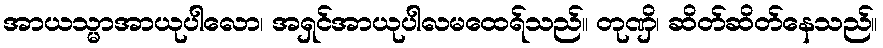
အာယသ္မာအာယုပါလော၊ အရှင်အာယုပါလမထေရ်သည်။ တုဏှိ၊ ဆိတ်ဆိတ်နေသည်။